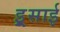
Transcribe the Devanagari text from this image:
इ्र्रसाई